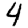
Digit: 4